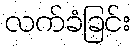
လက်ခံခြင်း